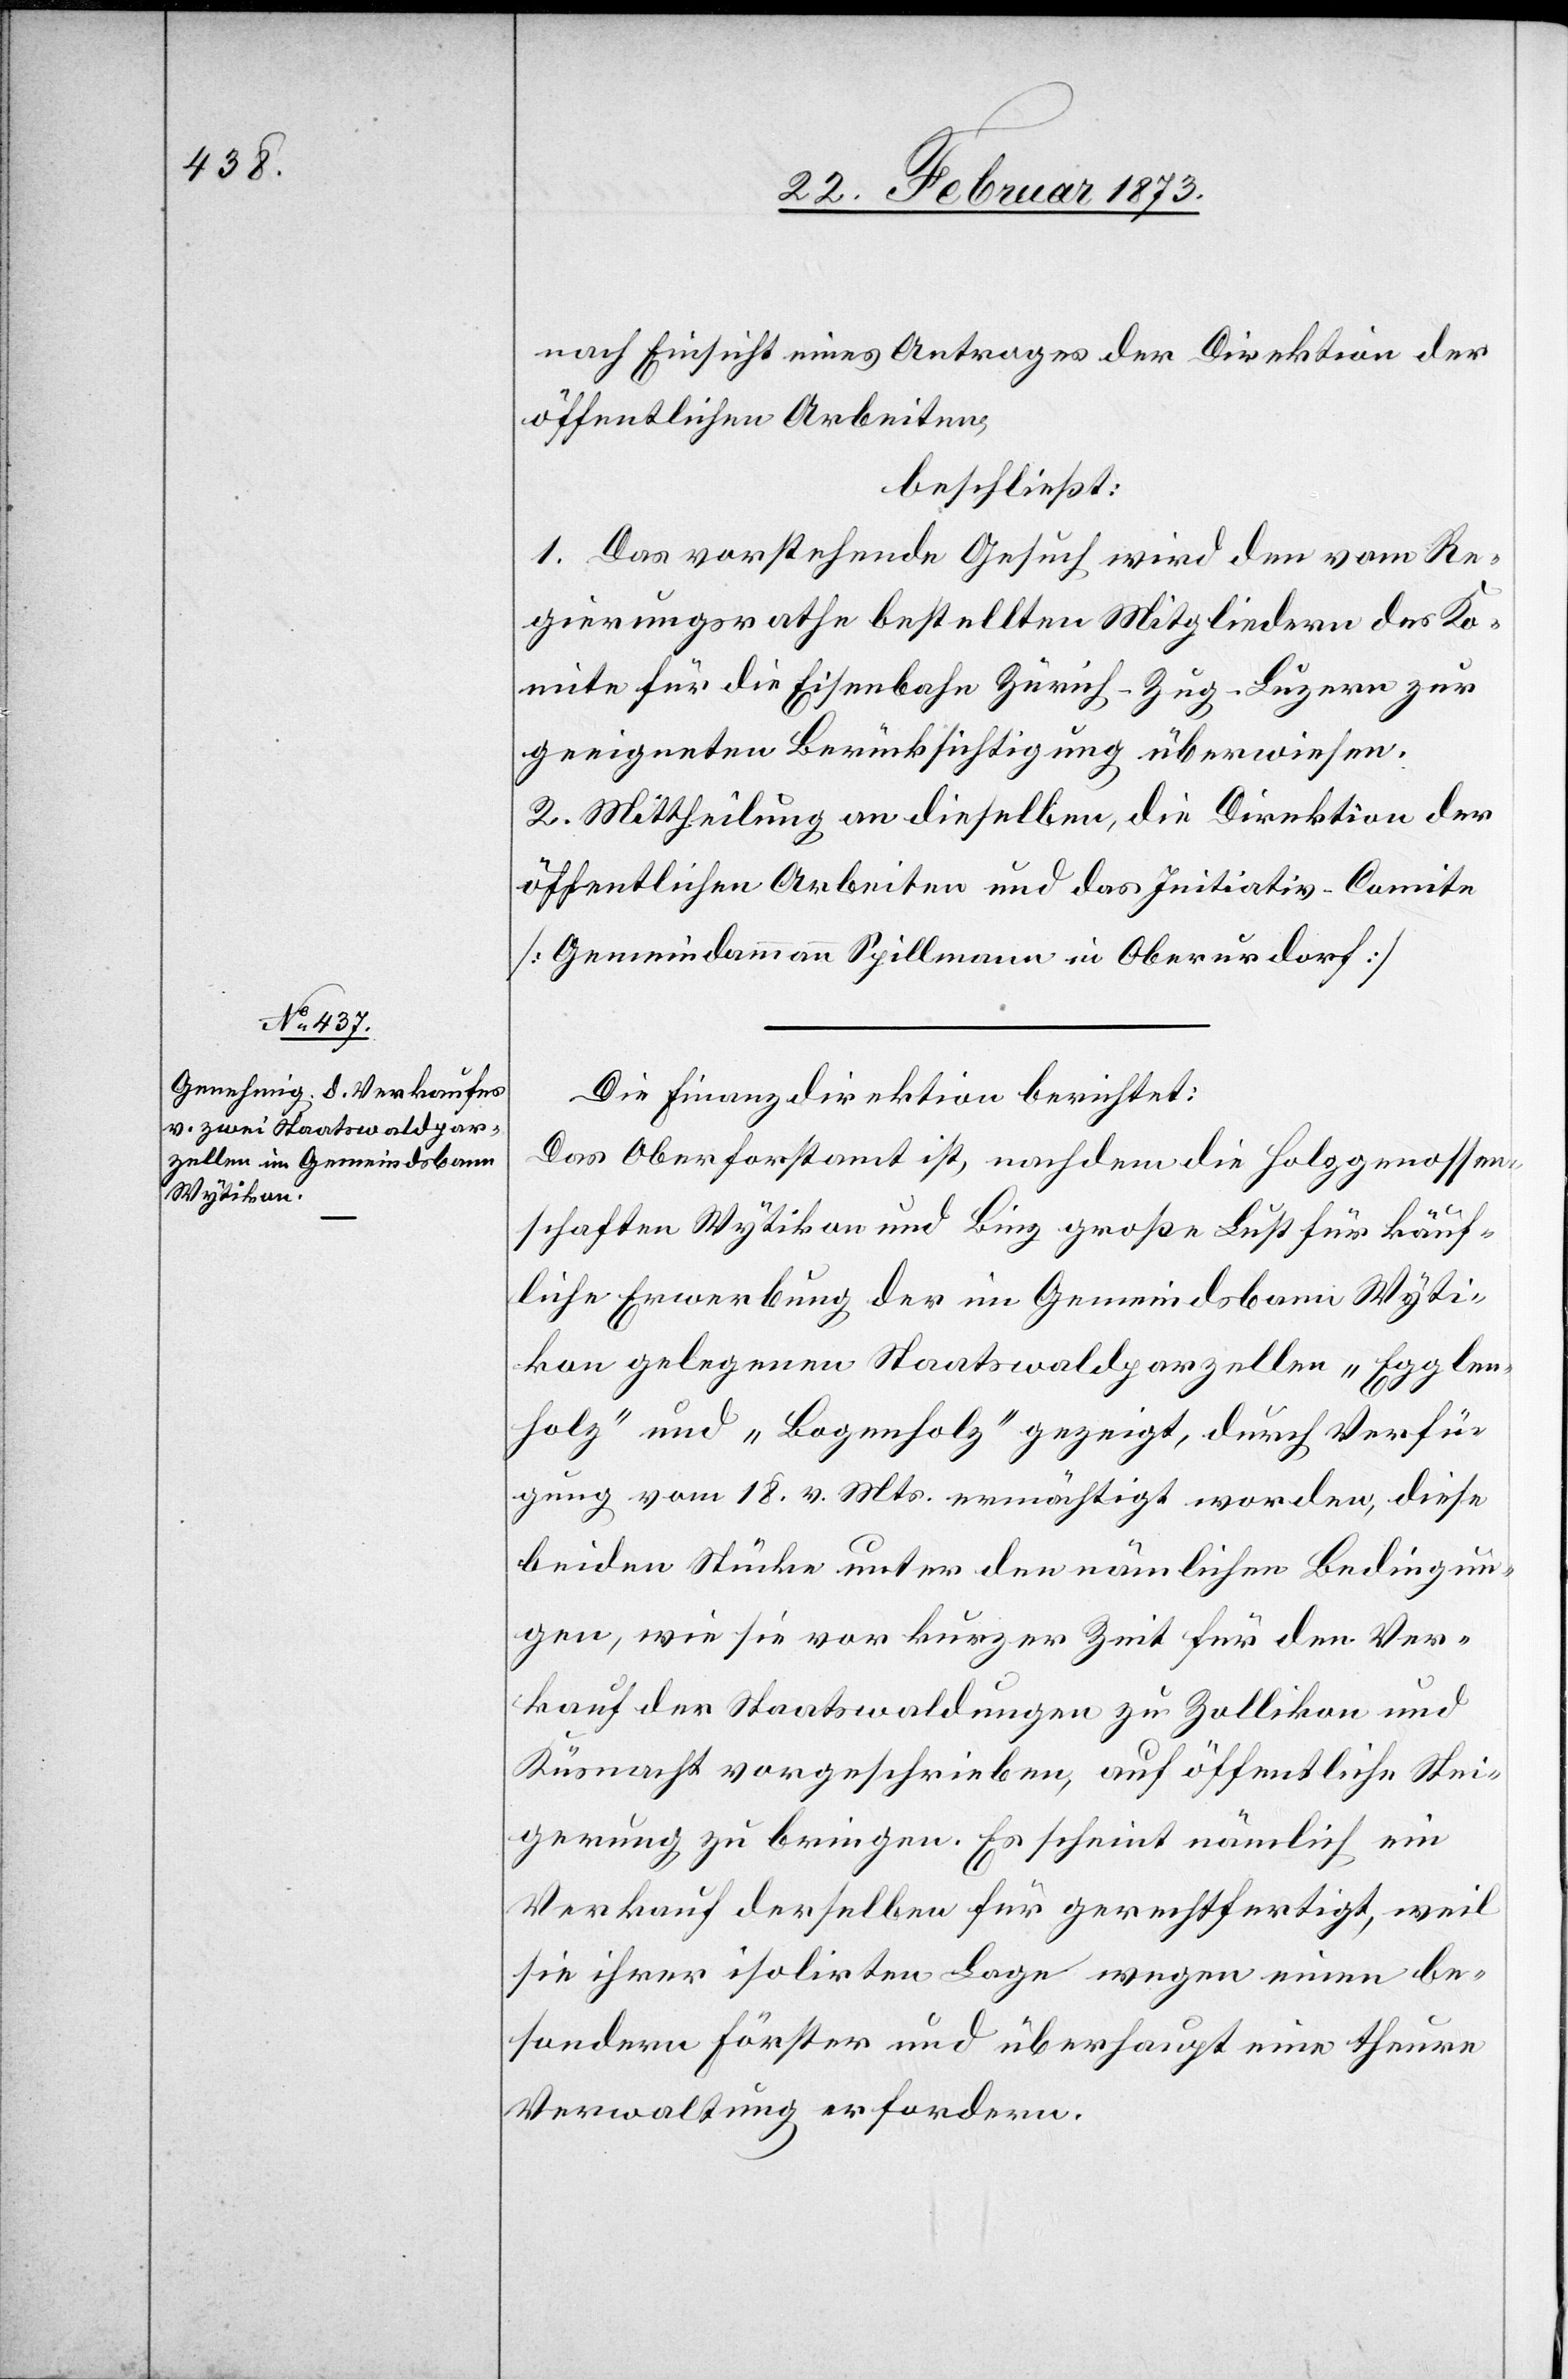
nach Einsicht eines Antrages der Direktion der
öffentlichen Arbeiten,
beschließt:
1. Das vorstehende Gesuch wird den vom Re¬
gierungsrathe bestellten Mitgliedern des Ko¬
mite für die Eisenbahn Zürich–Zug–Luzern zur
geeigneten Berücksichtigung überwiesen.
2. Mittheilung an dieselben, die Direktion der
öffentlichen Arbeiten und das Initiativ-Comite
[Gemeindammann Spillmann in Oberurdorf][.]
Die Finanzdirektion berichtet:
Das Oberforstamt ist, nachdem die Holzgenossen¬
schaften Wytikon und Binz große Lust für käuf¬
liche Erwerbung der im Gemeindsbann Wyti¬
kon gelegenen Staatswaldparzellen „Egglen¬
holz“ und „Bogenholz“ gezeigt, durch Verfü¬
gung vom 18. v. Mts. ermächtigt worden, diese
beiden Stücke unter den nämlichen Bedingun¬
gen, wie sie vor kurzer Zeit für den Ver¬
kauf der Staatswaldungen zu Zollikon und
Küsnacht vorgeschrieben, auf öffentliche Stei¬
gerung zu bringen. Es scheint nämlich ein
Verkauf derselben für gerechtfertigt, weil
sie ihrer isolirten Lage wegen einen be¬
sondern Förster und überhaupt eine theure
Verwaltung erfordern.